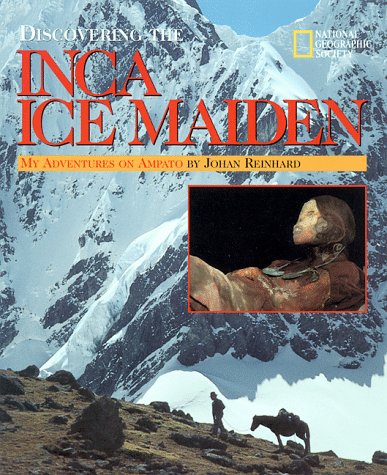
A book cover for Discovering The Inca Ice Maiden; Johan Reinhard; History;